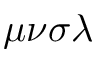
\mu \nu \sigma \lambda